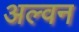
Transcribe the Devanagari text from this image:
अल्वन